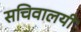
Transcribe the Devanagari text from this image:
सचिवालयी